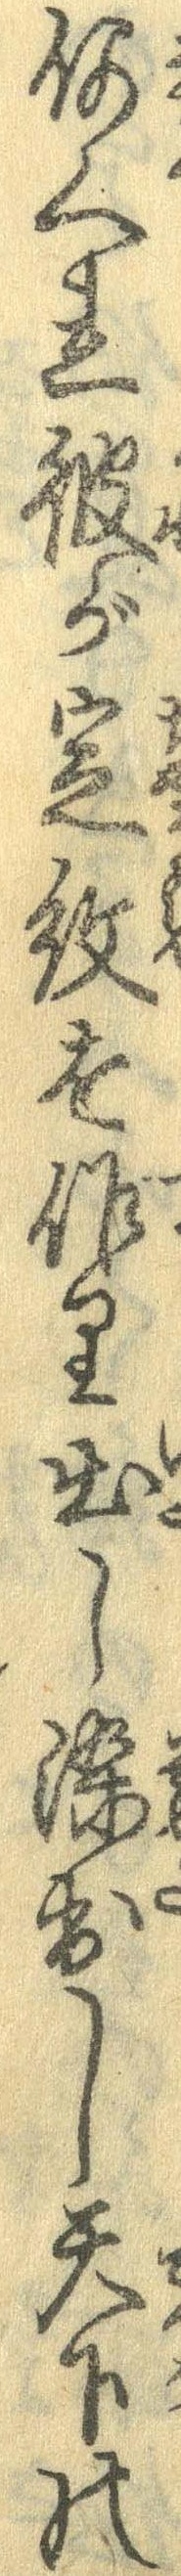
何へれ彼が定紋を作り出し染出し天下の